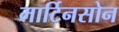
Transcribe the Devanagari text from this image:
मार्टिनसोन